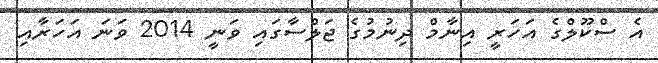
އެ ސްކޫލްގެ އަހަރީ އިނާމް ދިނުމުގެ ޖަލްސާގައި ވަނީ 2014 ވަނަ އަހަރާއި